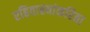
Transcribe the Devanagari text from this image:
रहिवास्यांकरिता